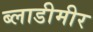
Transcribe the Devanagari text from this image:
ब्लाडीमीर